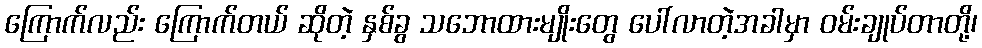
ကြောက်လည်း ကြောက်တယ် ဆိုတဲ့ နှစ်ခွ သဘောထားမျိုးတွေ ပေါ်လာတဲ့အခါမှာ ဝမ်းချုပ်တာတို့၊